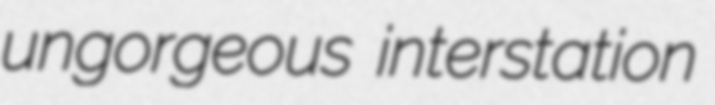
ungorgeous interstation